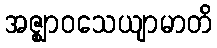
အဇ္ဈာဝသေယျာမာတိ